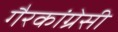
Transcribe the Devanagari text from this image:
गैरकांग्रेसी